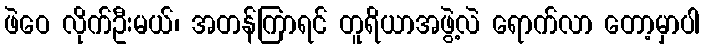
ဖဲဝေ လိုက်ဦးမယ်၊ အတန်ကြာရင် တူရိယာအဖွဲ့လဲ ရောက်လာ တော့မှာပါ